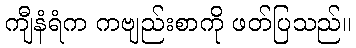
ကျီနံရံက ကဗျည်းစာကို ဖတ်ပြသည်။